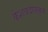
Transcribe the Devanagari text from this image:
केशवदासकृत